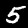
Label: 5